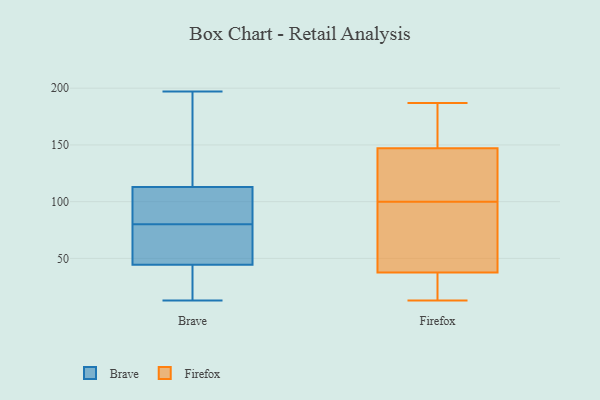
{"axis": {"x": "Active Users", "y": "Value"}, "legend": ["Brave", "Firefox"], "data": [{"x": "", "y": 80, "type": "Brave"}, {"x": "", "y": 85, "type": "Brave"}, {"x": "", "y": 30, "type": "Brave"}, {"x": "", "y": 152, "type": "Brave"}, {"x": "", "y": 46, "type": "Brave"}, {"x": "", "y": 197, "type": "Brave"}, {"x": "", "y": 40, "type": "Brave"}, {"x": "", "y": 14, "type": "Brave"}, {"x": "", "y": 75, "type": "Brave"}, {"x": "", "y": 68, "type": "Brave"}, {"x": "", "y": 93, "type": "Brave"}, {"x": "", "y": 13, "type": "Brave"}, {"x": "", "y": 48, "type": "Brave"}, {"x": "", "y": 189, "type": "Brave"}, {"x": "", "y": 92, "type": "Brave"}, {"x": "", "y": 168, "type": "Brave"}, {"x": "", "y": 100, "type": "Brave"}, {"x": "", "y": 94, "type": "Firefox"}, {"x": "", "y": 42, "type": "Firefox"}, {"x": "", "y": 48, "type": "Firefox"}, {"x": "", "y": 104, "type": "Firefox"}, {"x": "", "y": 33, "type": "Firefox"}, {"x": "", "y": 187, "type": "Firefox"}, {"x": "", "y": 15, "type": "Firefox"}, {"x": "", "y": 116, "type": "Firefox"}, {"x": "", "y": 180, "type": "Firefox"}, {"x": "", "y": 119, "type": "Firefox"}, {"x": "", "y": 13, "type": "Firefox"}, {"x": "", "y": 124, "type": "Firefox"}, {"x": "", "y": 28, "type": "Firefox"}, {"x": "", "y": 182, "type": "Firefox"}, {"x": "", "y": 96, "type": "Firefox"}, {"x": "", "y": 170, "type": "Firefox"}]}